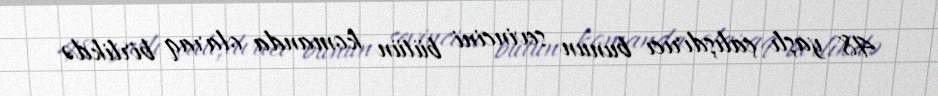
48 yaşlı çalışdırıcı bunun sevincini bütün komanda olaraq birlikdə